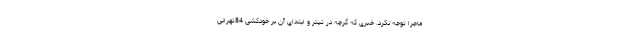
ماجرا توجه نکرد. خبری که گرچه در تیتر و ابتدای آن بر خودکشی 84تهرانی